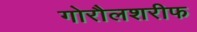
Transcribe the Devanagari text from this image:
गोरौलशरीफ